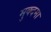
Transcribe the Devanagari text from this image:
मुक्दमा